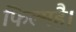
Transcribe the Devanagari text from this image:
फिल्महै।